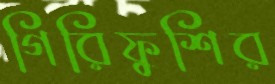
গিরিফুশির